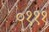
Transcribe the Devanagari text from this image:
०१११